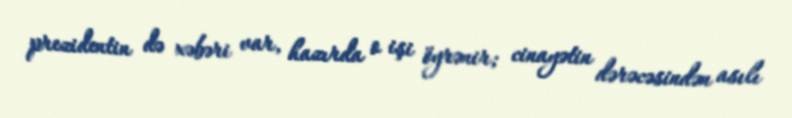
prezidentin də xəbəri var, hazırda o işi öyrənir; cinayətin dərəcəsindən asılı